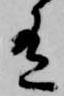
有